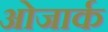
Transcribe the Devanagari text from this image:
ओजार्क